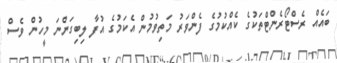
ބައެއް ރެސްޓޯރެންޓްތަކުގެ ކެއްކުމުގެ ފެންވަރު މަތިވުމުން އެކަމުގެ އުފާ ލިބިގަންނަ މީހުން ވެސް